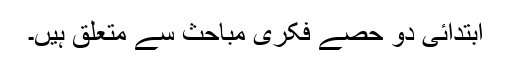
ابتدائی دو حصے فکری مباحث سے متعلق ہیں۔